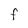
Character: f